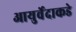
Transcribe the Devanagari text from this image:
आयुर्वेदाकडे